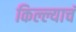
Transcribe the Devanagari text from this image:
किल्ल्याचं